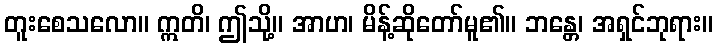
တူးစေသလော။ ဣတိ၊ ဤသို့။ အာဟ၊ မိန့်ဆိုတော်မူ၏။ ဘန္တေ၊ အရှင်ဘုရား။